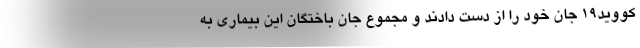
کووید۱۹ جان خود را از دست دادند و مجموع جان باختگان این بیماری به